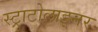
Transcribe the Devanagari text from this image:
स्ट्राटोलाइनर